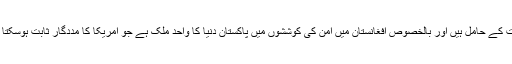
وفاقی وزیرِ داخلہ نے کہا کہ خطے میں امن کے حوالے سے امریکا اور پاکستان دونوں برابر کی اہمیت کے حامل ہیں اور بالخصوص افغانستان میں امن کی کوششوں میں پاکستان دنیا کا واحد ملک ہے جو امریکا کا مددگار ثابت ہوسکتا ہے لہذا دونوں ممالک کو ایک دوسرے پر تنقید کرنے کے بجائے مشترکہ کوششوں کی ضرورت ہے۔